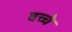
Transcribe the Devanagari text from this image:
वच्चे